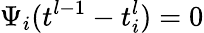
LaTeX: \Psi_{i}(t^{l-1}-t_{i}^{l})=0